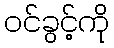
ဝင်ခွင့်ကို